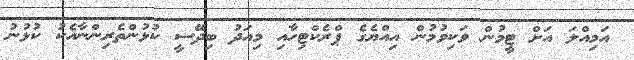
އަމިއްލަ އަށް ޓީމުން ވަކިވުމުން އިއްޔެގެ ޕްރެކްޓިހާއި މިއަދު ބިދޭސީ ކުޅުންތެރިންނާއެކު ކުޅުނު